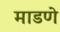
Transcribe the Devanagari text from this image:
माडणे